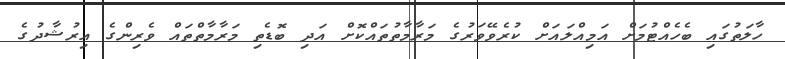
ހާލަތުގައި ބެހެއްޓުމަށް އަމިއްލައަށް ކުރެވޭވަރުގެ މަރާމާތުތައްކޮށް އަދި ބޮޑެތި މަރާމާތްތައް ވެރިންގެ އިރުޝާދުގެ